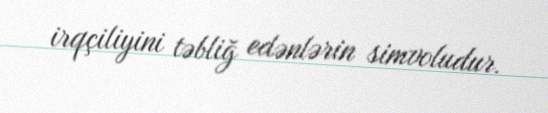
irqçiliyini təbliğ edənlərin simvoludur.